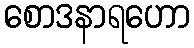
စောဒနာရဟော